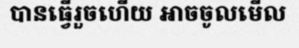
បានធ្វើរួចហើយ អាចចូលមើល